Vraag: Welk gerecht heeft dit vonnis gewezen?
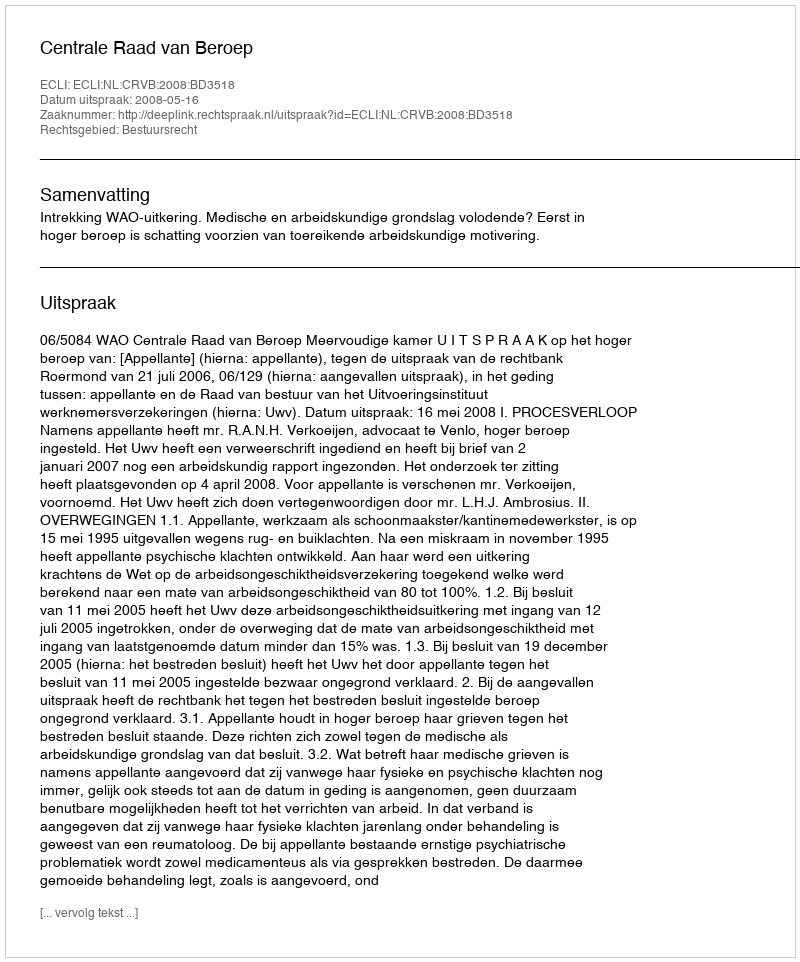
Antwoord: Centrale Raad van Beroep